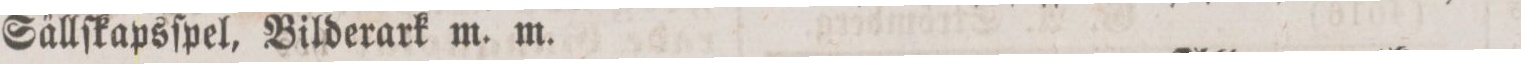
Sällſkapsſpel, Bilderark m. m.